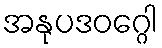
အနုပဒဝဂ္ဂေါ